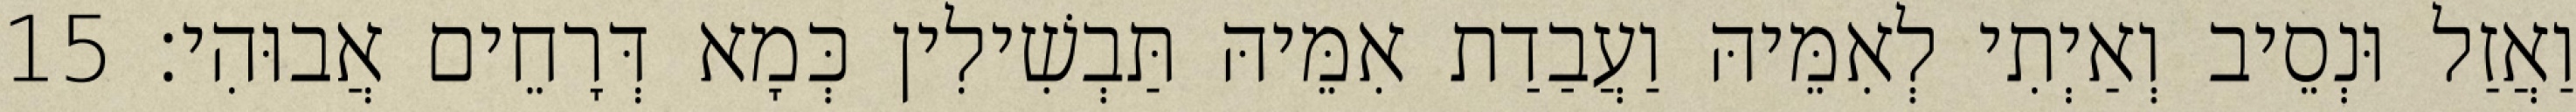
וַאֲזַל וּנְסֵיב וְאַיְתִי לְאִמֵּיהּ וַעֲבַדַת אִמֵּיהּ תַּבְשִׁילִין כְּמָא דְּרָחֵים אֲבוּהִי׃ 15